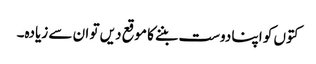
کتوں کو اپنا دوست بننے کا موقع دیں تو ان سے زیادہ۔